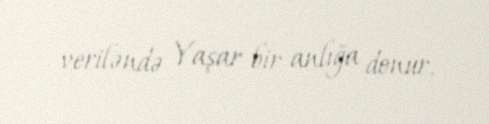
veriləndə Yaşar bir anlığa donur.